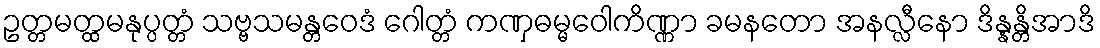
ဥတ္တမတ္ထမနုပ္ပတ္တံ သဗ္ဗသမန္တဝေဒံ ဂေါတ္တံ ကဏှဓမ္မဝေါကိဏ္ဏာ ခမနတော အနလ္လီနော ဒိန္နန္တိအာဒိ